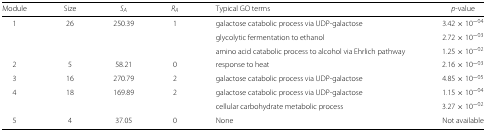
| Module | Size | SA | RA | Typical GO terms | p-value |
 | --- | --- | --- | --- | --- | --- |
 | 1 | 26 | 250.39 | 1 | galactose catabolic process via UDP-galactose | 3.42×10−04 |
 |  |  |  |  | glycolytic fermentation to ethanol | 2.72×10−03 |
 |  |  |  |  | amino acid catabolic process to alcohol via Ehrlich pathway | 1.25×10−02 |
 | 2 | 5 | 58.21 | 0 | response to heat | 2.16×10−03 |
 | 3 | 16 | 270.79 | 2 | galactose catabolic process via UDP-galactose | 4.85×10−05 |
 | 4 | 18 | 169.89 | 2 | galactose catabolic process via UDP-galactose | 1.15×10−04 |
 |  |  |  |  | cellular carbohydrate metabolic process | 3.27×10−02 |
 | 5 | 4 | 37.05 | 0 | None | Not available |